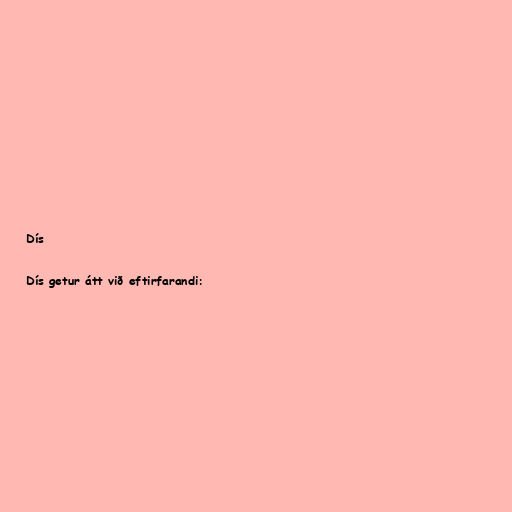
Dís

Dís getur átt við eftirfarandi: